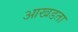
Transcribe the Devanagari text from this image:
आखडता